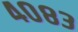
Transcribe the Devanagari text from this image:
४०८३